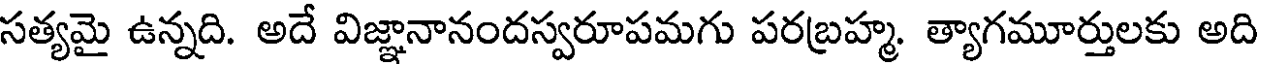
సత్యమై ఉన్నది. అదే విజ్ఞానానందస్వరూపమగు పరబ్రహ్మ. త్యాగమూర్తులకు అది